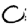
Digit: 0